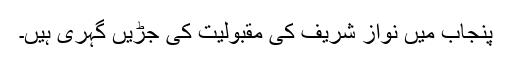
پنجاب میں نواز شریف کی مقبولیت کی جڑیں گہری ہیں۔